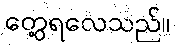
တွေ့ရလေသည်။